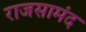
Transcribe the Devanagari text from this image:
राजसामंद